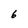
Character: 6